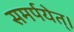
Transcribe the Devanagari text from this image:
समर्पयेत्।